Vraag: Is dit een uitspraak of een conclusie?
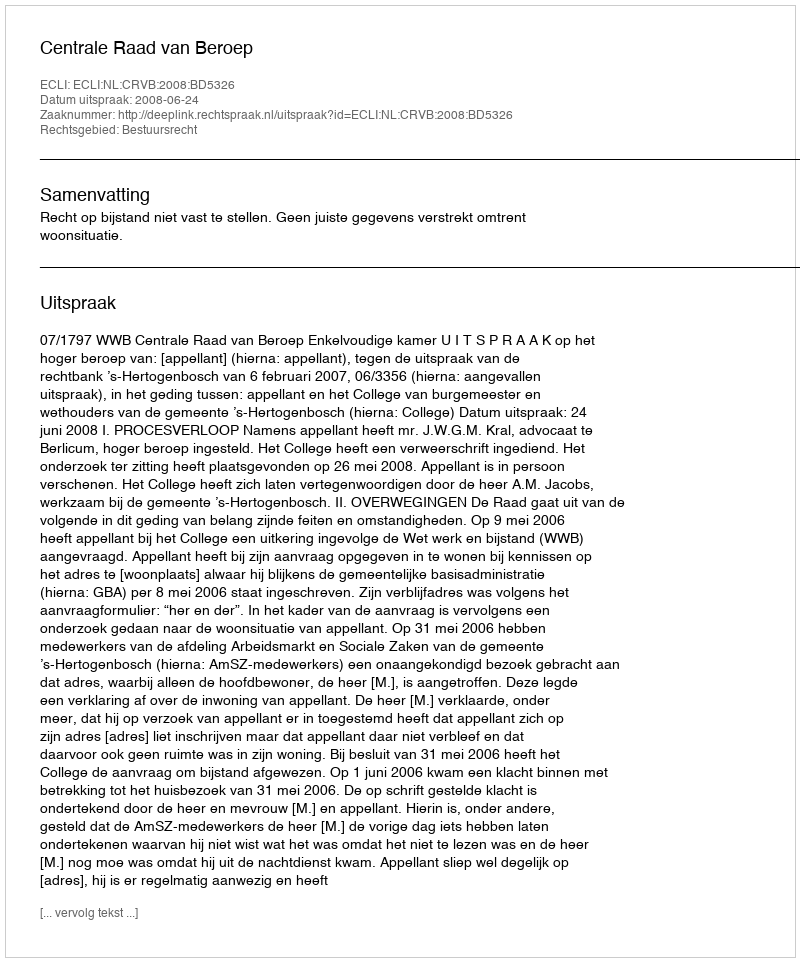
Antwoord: Uitspraak